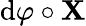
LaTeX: \operatorname{d}\! \varphi\circ\mathbf{X}